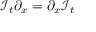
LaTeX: { \mathcal { I } } _ { t } \partial _ { x } = \partial _ { x } { \mathcal { I } } _ { t }